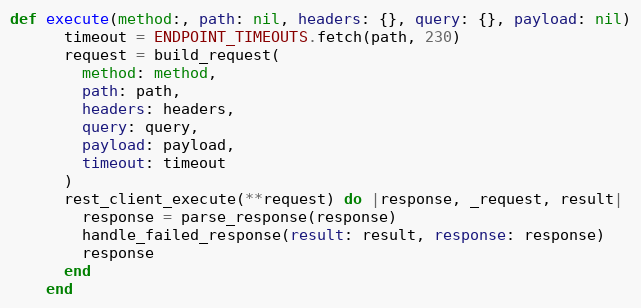
Language: Ruby
def execute(method:, path: nil, headers: {}, query: {}, payload: nil)
      timeout = ENDPOINT_TIMEOUTS.fetch(path, 230)
      request = build_request(
        method: method,
        path: path,
        headers: headers,
        query: query,
        payload: payload,
        timeout: timeout
      )
      rest_client_execute(**request) do |response, _request, result|
        response = parse_response(response)
        handle_failed_response(result: result, response: response)
        response
      end
    end